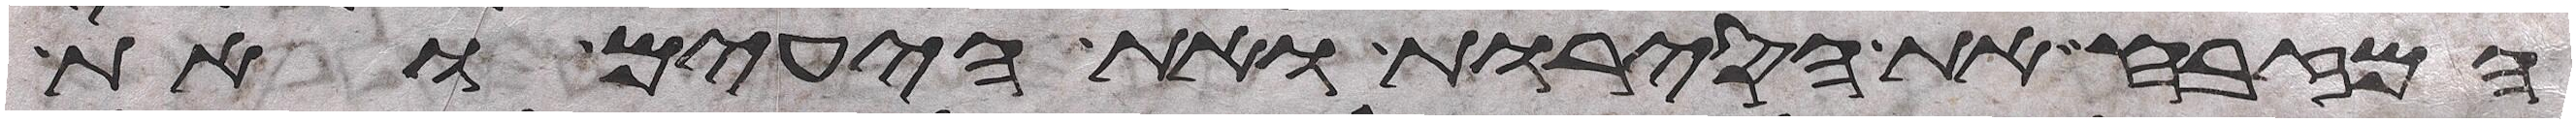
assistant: המזבח את הסירות ואת היעים ואת